[Report on the health of British troops in the Madras command]
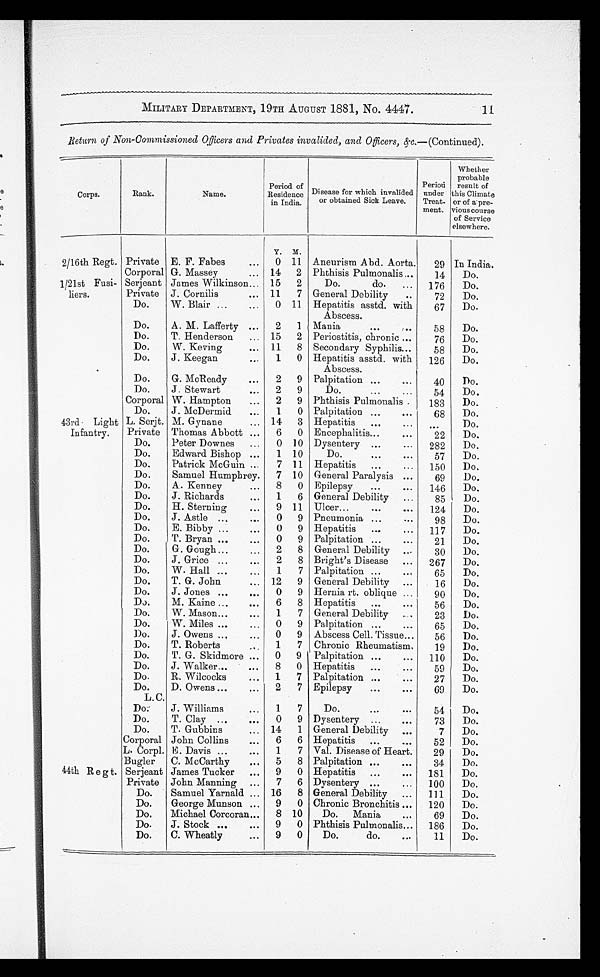
MILITARY DEPARTMENT, 19TH AUGUST 1881, No. 4447.
11
Return of Non-Commissioned Officers and Privates invalided, and Officers, &c.—(Continued).
Corps.
Rank.
Name.
Period of
Residence
in India.
Disease for which invalided
or obtained Sick Leave.
Period
under
Treat-
ment.
Whether
probable
result of
Climate
or of a pre-
v i o u s c o u r s e
of Service
elsewhere.
Y.
M
2/16th Regt. Private E. F. Fabes
. . .
0 11 Aneurism Abd. Aorta.
29 In India.
Corporal G. Massey
. . .
14
2 Phthisis Pulmonalis ,..
14
Do.
1/21st Fusi-
liers.
Serjeant James Wilkinson... 15
2
Do.
do.
. . .
176
Do.
Private J. Cornilis
. . .
11
7 General Debility
..
72
Do.
Do.
W. Blair ...
...
0 11 Hepatitis asstd. with
Abscess.
67
Do.
Do.
A. M. Lafferty ...
2
1 Mania
58
Do.
Do.
T. Henderson
... 15
2 Periostitis, chronic ...
76
Do.
Do.
W. Keving
... 11
8 Secondary Syphilis...
58
Do.
Do.
J. Keegan
. . .
1
0 Hepatitis asstd. with
Abscess.
126
Do.
Do.
G. McReady
. . .
2
9 Palpitation ...
...
40
Do.
Do.
J. Stewart
...
2
9
Do....
...
Corporal W. Hampton
...
2
9 Phthisis Pulmonalis .
183
Do.
Do.
J. McDermid
...
1
0 Palpitation ...
. . .
68
Do.
43rd. Light
Infantry.
L. Serjt. M. Gynane
... 14
3 Hepatitis
...
Do.
Private Thomas Abbott ...
6
0 Encephalitis...
. . .
22
Do.
Do.
Peter Downes
...
0 10 Dysentery ...
. . .
282
Do.
Do.
Edward Bishop ...
1 10
Do.
...
. . .
57
Do.
Do.
Patrick McGuin ...
7 11 Hepatitis
...
. . .
150
Do.
Do.
Samuel Humphrey.
7 10 General Paralysis ...
69
Do.
Do.
A. Kenney
...
8
0 Epilepsy
...
. . .
146
Do.
Do.
J. Richards
...
1
6 General Debility
...
85
Do.
Do.
H. Sterning
...
9 11 Ulcer...
...
. . .
124
Do.
Do.
J. Astle ...
. . .
0
9 Pneumonia ...
...
98
Do.
Do.
E. Bibby ...
. . .
0
9 Hepatitis
...
...
117
Do.
Do.
T. Bryan ...
. . .
0
9 Palpitation ...
. . .
21
Do.
Do.
G. Gough ...
...
2
8 General Debility ..
30
Do.
Do.
J. Grice ., .
. . .
2
8 Bright's Disease
...
267
Do.
Do.
W. Hall ...
1
7 Palpitation ...
. . .
65
Do.
Do.
T. G. John
...
... 12
9 General Debility ...
16
Do.
Do.
J. Jones ...
...
0
9 Hernia rt. oblique ...
90
Do.
Do.
M. Kaine ...
...
6
8 Hepatitis
...
. . .
56
Do.
Do.
W. Mason...
. . .
1
7 General Debility
23
Do.
Do.
W. Miles ...
...
0
9 Palpitation ...
. . .
65
Do.
Do.
J. Owens ...
. . .
0
9 Abscess Cell. Tissue...
5 6
Do.
Do.
T. Roberts
...
1
7 Chronic Rheumatism,
19
Do.
Do.
T. G. Skidmore ...
0
9 Palpitation ...
...
110
Do.
Do.
J. Walker...
...
8
0 Hepatitis
...
...
59
Do,
Do.
R. Wilcocks
...
1
7 Palpitation ...
. . .
27
Do.
Do.
D. Owens ...
. . .
2
7 Epilepsy
...
. . .
69
Do.
L. C.
Do.
J. Williams
. . .
1
7
Do.
...
. . .
54
Do.
Do.
T. Clay ...
. . .
0
9 Dysentery ...
...
73
Do.
Do.
T. Gubbins
. . .
14
1 General Debility ...
7
Do.
Corporal John Collins
. . .
6
6 Hepatitis
...
. . .
52
Do.
L. Corpl. E. Davis ...
...
1
7 Val. Disease of Heart.
29
Do.
Bugler
C. McCarthy
. . .
5
8 Palpitation ...
. . .
34
Do,
44th R e g t. Serjeant James Tucker
...
9
0 Hepatitis
...
. . .
181
Do.
Private John Manning ...
7
6 Dysentery ...
...
100
Do.
Do.
Samuel Yarnald .., 16
8 General Debility
...
111
Do.
Do.
George Munson ...
9
0 Chronic Bronchitis ...
120
Do.
Do.
Michael Corcoran...
8 10
Do.
Mania
. . .
69
Do.
Do.
J. Stock ...
. . .
9
0 Phthisis Pulmonalis...
186
Do.
Do.
C. Wheatly
...
9
0
Do.
do.
. . .
11
Do.